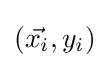
({\vec {x_{i}}},y_{i})